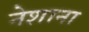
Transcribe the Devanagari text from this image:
नेशाना